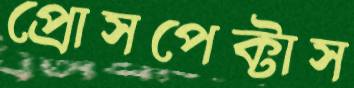
প্রোসপেক্টাস